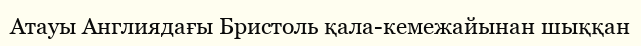
Атауы Англиядағы Бристоль қала-кемежайынан шыққан